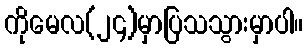
ကိုမေလ(၂၄)မှာပြသသွားမှာပါ။